Indian journal of veterinary science and animal husbandry - Volume 5,
Year: 1935
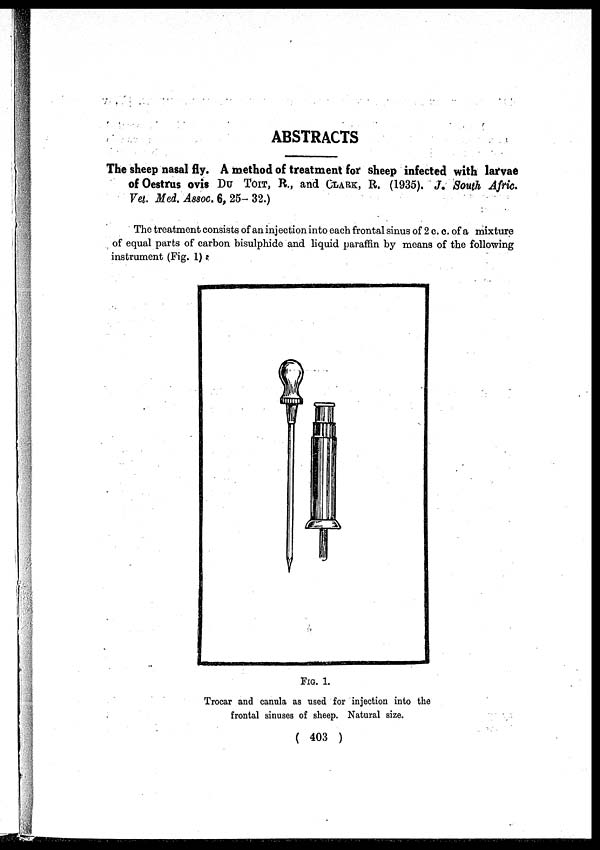
ABSTRACTS
The sheep nasal fly. A method of treatment for sheep infected with larvae
of Oestrus ovis DU TOIT, R., and CLARK, R. (1935). J. South Afric.
Vet. Med. Assoc. 6, 25- 32.)
The treatment consists of an injection into each frontal sinus of 2 c. c. of a mixture
of equal parts of carbon bisulphide and liquid paraffin by means of the following
instrument (Fig. 1) .
FIG. 1.
Trocar and canula as used for injection into the
frontal sinuses of sheep. Natural size.
( 403 )